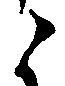
ニ